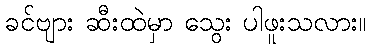
ခင်ဗျား ဆီးထဲမှာ သွေး ပါဖူးသလား။